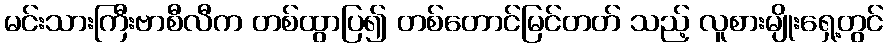
မင်းသားကြီးဗာစီလီက တစ်ထွာပြ၍ တစ်တောင်မြင်တတ် သည့် လူစားမျိုးရှေ့တွင်